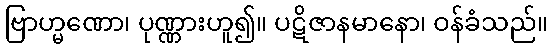
ဗြာဟ္မဏော၊ ပုဏ္ဏားဟူ၍။ ပဋိဇာနမာနော၊ ဝန်ခံသည်။